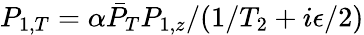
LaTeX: P_{1,T}=\alpha\bar{P}_{T}P_{1,z}/(1/T_{2}+i\epsilon/2)